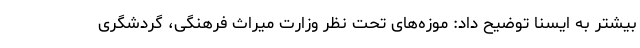
بیشتر به ایسنا توضیح داد: موزه‌های تحت نظر وزارت میراث فرهنگی، گردشگری